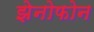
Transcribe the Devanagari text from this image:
झेनोफोन